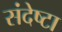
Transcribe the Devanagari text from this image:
संदेष्टा